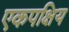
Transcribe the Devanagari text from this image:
एकपक्षिय